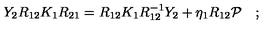
Y _ { 2 } R _ { 1 2 } K _ { 1 } R _ { 2 1 } = R _ { 1 2 } K _ { 1 } R _ { 1 2 } ^ { - 1 } Y _ { 2 } + \eta _ { 1 } R _ { 1 2 } { \cal P } \quad ; \,